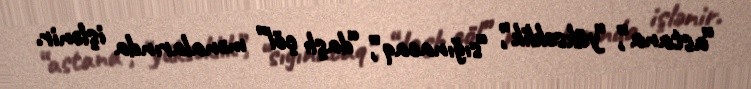
“astana”, “yüksəklik”, “sığınacaq”, “daşlı çöl” mənalarında işlənir.